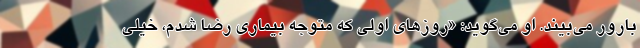
بارور می‌بیند. او می‌گوید: «روزهای اولی که متوجه بیماری رضا شدم، خیلی